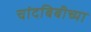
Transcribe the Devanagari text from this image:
चांदबिबीच्या